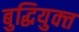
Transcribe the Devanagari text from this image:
बुद्धियुक्‍त